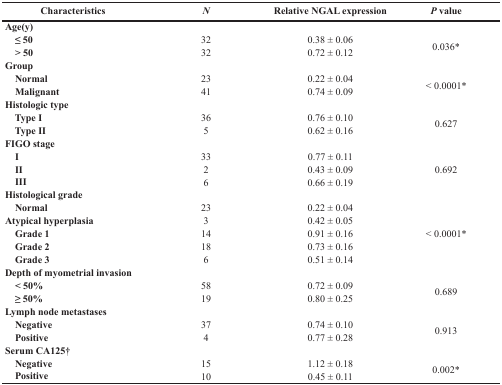
<table><thead><tr><td><b>Characteristics</b></td><td><b><i>N</i></b></td><td><b>Relative NGAL expression</b></td><td><b><i>P</i> value</b></td></tr></thead><tbody><tr><td><b>Age(y)</b></td><td></td><td></td><td></td></tr><tr><td><b> ≤ 50</b></td><td>32</td><td>0.38 ± 0.06</td><td rowspan="2">0.036*</td></tr><tr><td><b> &gt; 50</b></td><td>32</td><td>0.72 ± 0.12</td></tr><tr><td><b>Group</b></td><td></td><td></td><td></td></tr><tr><td><b> Normal</b></td><td>23</td><td>0.22 ± 0.04</td><td rowspan="2">&lt; 0.0001*</td></tr><tr><td><b> Malignant</b></td><td>41</td><td>0.74 ± 0.09</td></tr><tr><td><b>Histologic type</b></td><td></td><td></td><td></td></tr><tr><td><b> Type I</b></td><td>36</td><td>0.76 ± 0.10</td><td rowspan="2">0.627</td></tr><tr><td><b> Type II</b></td><td>5</td><td>0.62 ± 0.16</td></tr><tr><td><b>FIGO stage</b></td><td></td><td></td><td></td></tr><tr><td><b> I</b></td><td>33</td><td>0.77 ± 0.11</td><td rowspan="3">0.692</td></tr><tr><td><b> II</b></td><td>2</td><td>0.43 ± 0.09</td></tr><tr><td><b> III</b></td><td>6</td><td>0.66 ± 0.19</td></tr><tr><td><b>Histological grade</b></td><td></td><td></td><td></td></tr><tr><td><b> Normal</b></td><td>23</td><td>0.22 ± 0.04</td><td rowspan="5">&lt; 0.0001*</td></tr><tr><td><b>Atypical hyperplasia</b></td><td>3</td><td>0.42 ± 0.05</td></tr><tr><td><b> Grade 1</b></td><td>14</td><td>0.91 ± 0.16</td></tr><tr><td><b> Grade 2</b></td><td>18</td><td>0.73 ± 0.16</td></tr><tr><td><b> Grade 3</b></td><td>6</td><td>0.51 ± 0.14</td></tr><tr><td><b>Depth of myometrial invasion</b></td><td></td><td></td><td></td></tr><tr><td><b> &lt; 50%</b></td><td>58</td><td>0.72 ± 0.09</td><td rowspan="2">0.689</td></tr><tr><td><b> ≥ 50%</b></td><td>19</td><td>0.80 ± 0.25</td></tr><tr><td><b>Lymph node metastases</b></td><td></td><td></td><td></td></tr><tr><td><b> Negative</b></td><td>37</td><td>0.74 ± 0.10</td><td rowspan="2">0.913</td></tr><tr><td><b> Positive</b></td><td>4</td><td>0.77 ± 0.28</td></tr><tr><td><b>Serum CA125†</b></td><td></td><td></td><td></td></tr><tr><td><b> Negative</b></td><td>15</td><td>1.12 ± 0.18</td><td rowspan="2">0.002*</td></tr><tr><td><b> Positive</b></td><td>10</td><td>0.45 ± 0.11</td></tr></tbody></table>